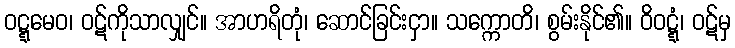
ဝဋ္ဋမေဝ၊ ဝဋ်ကိုသာလျှင်။ အာဟရိတုံ၊ ဆောင်ခြင်းငှာ။ သက္ကောတိ၊ စွမ်းနိုင်၏။ ဝိဝဋ္ဋံ၊ ဝဋ်မှ